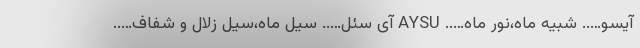
آیسو….. شبیه ماه،نور ماه….. AYSU آی سئل….. سیل ماه،سیل زلال و شفاف…..